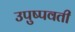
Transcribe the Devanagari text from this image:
उपुष्पवती